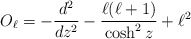
\begin{align*}O_{\ell} = - {{d^2} \over {dz^2}} - {{\ell(\ell+1)} \over {\cosh^{2} z}} + \ell^2\end{align*}